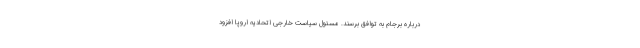
درباره برجام به توافق برسند. مسئول سیاست خارجی اتحادیه اروپا افزود